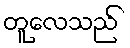
တူလေသည်